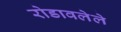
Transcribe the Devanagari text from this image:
रोडावलेले